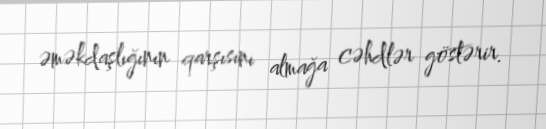
əməkdaşlığının qarşısını almağa cəhdlər göstərir.